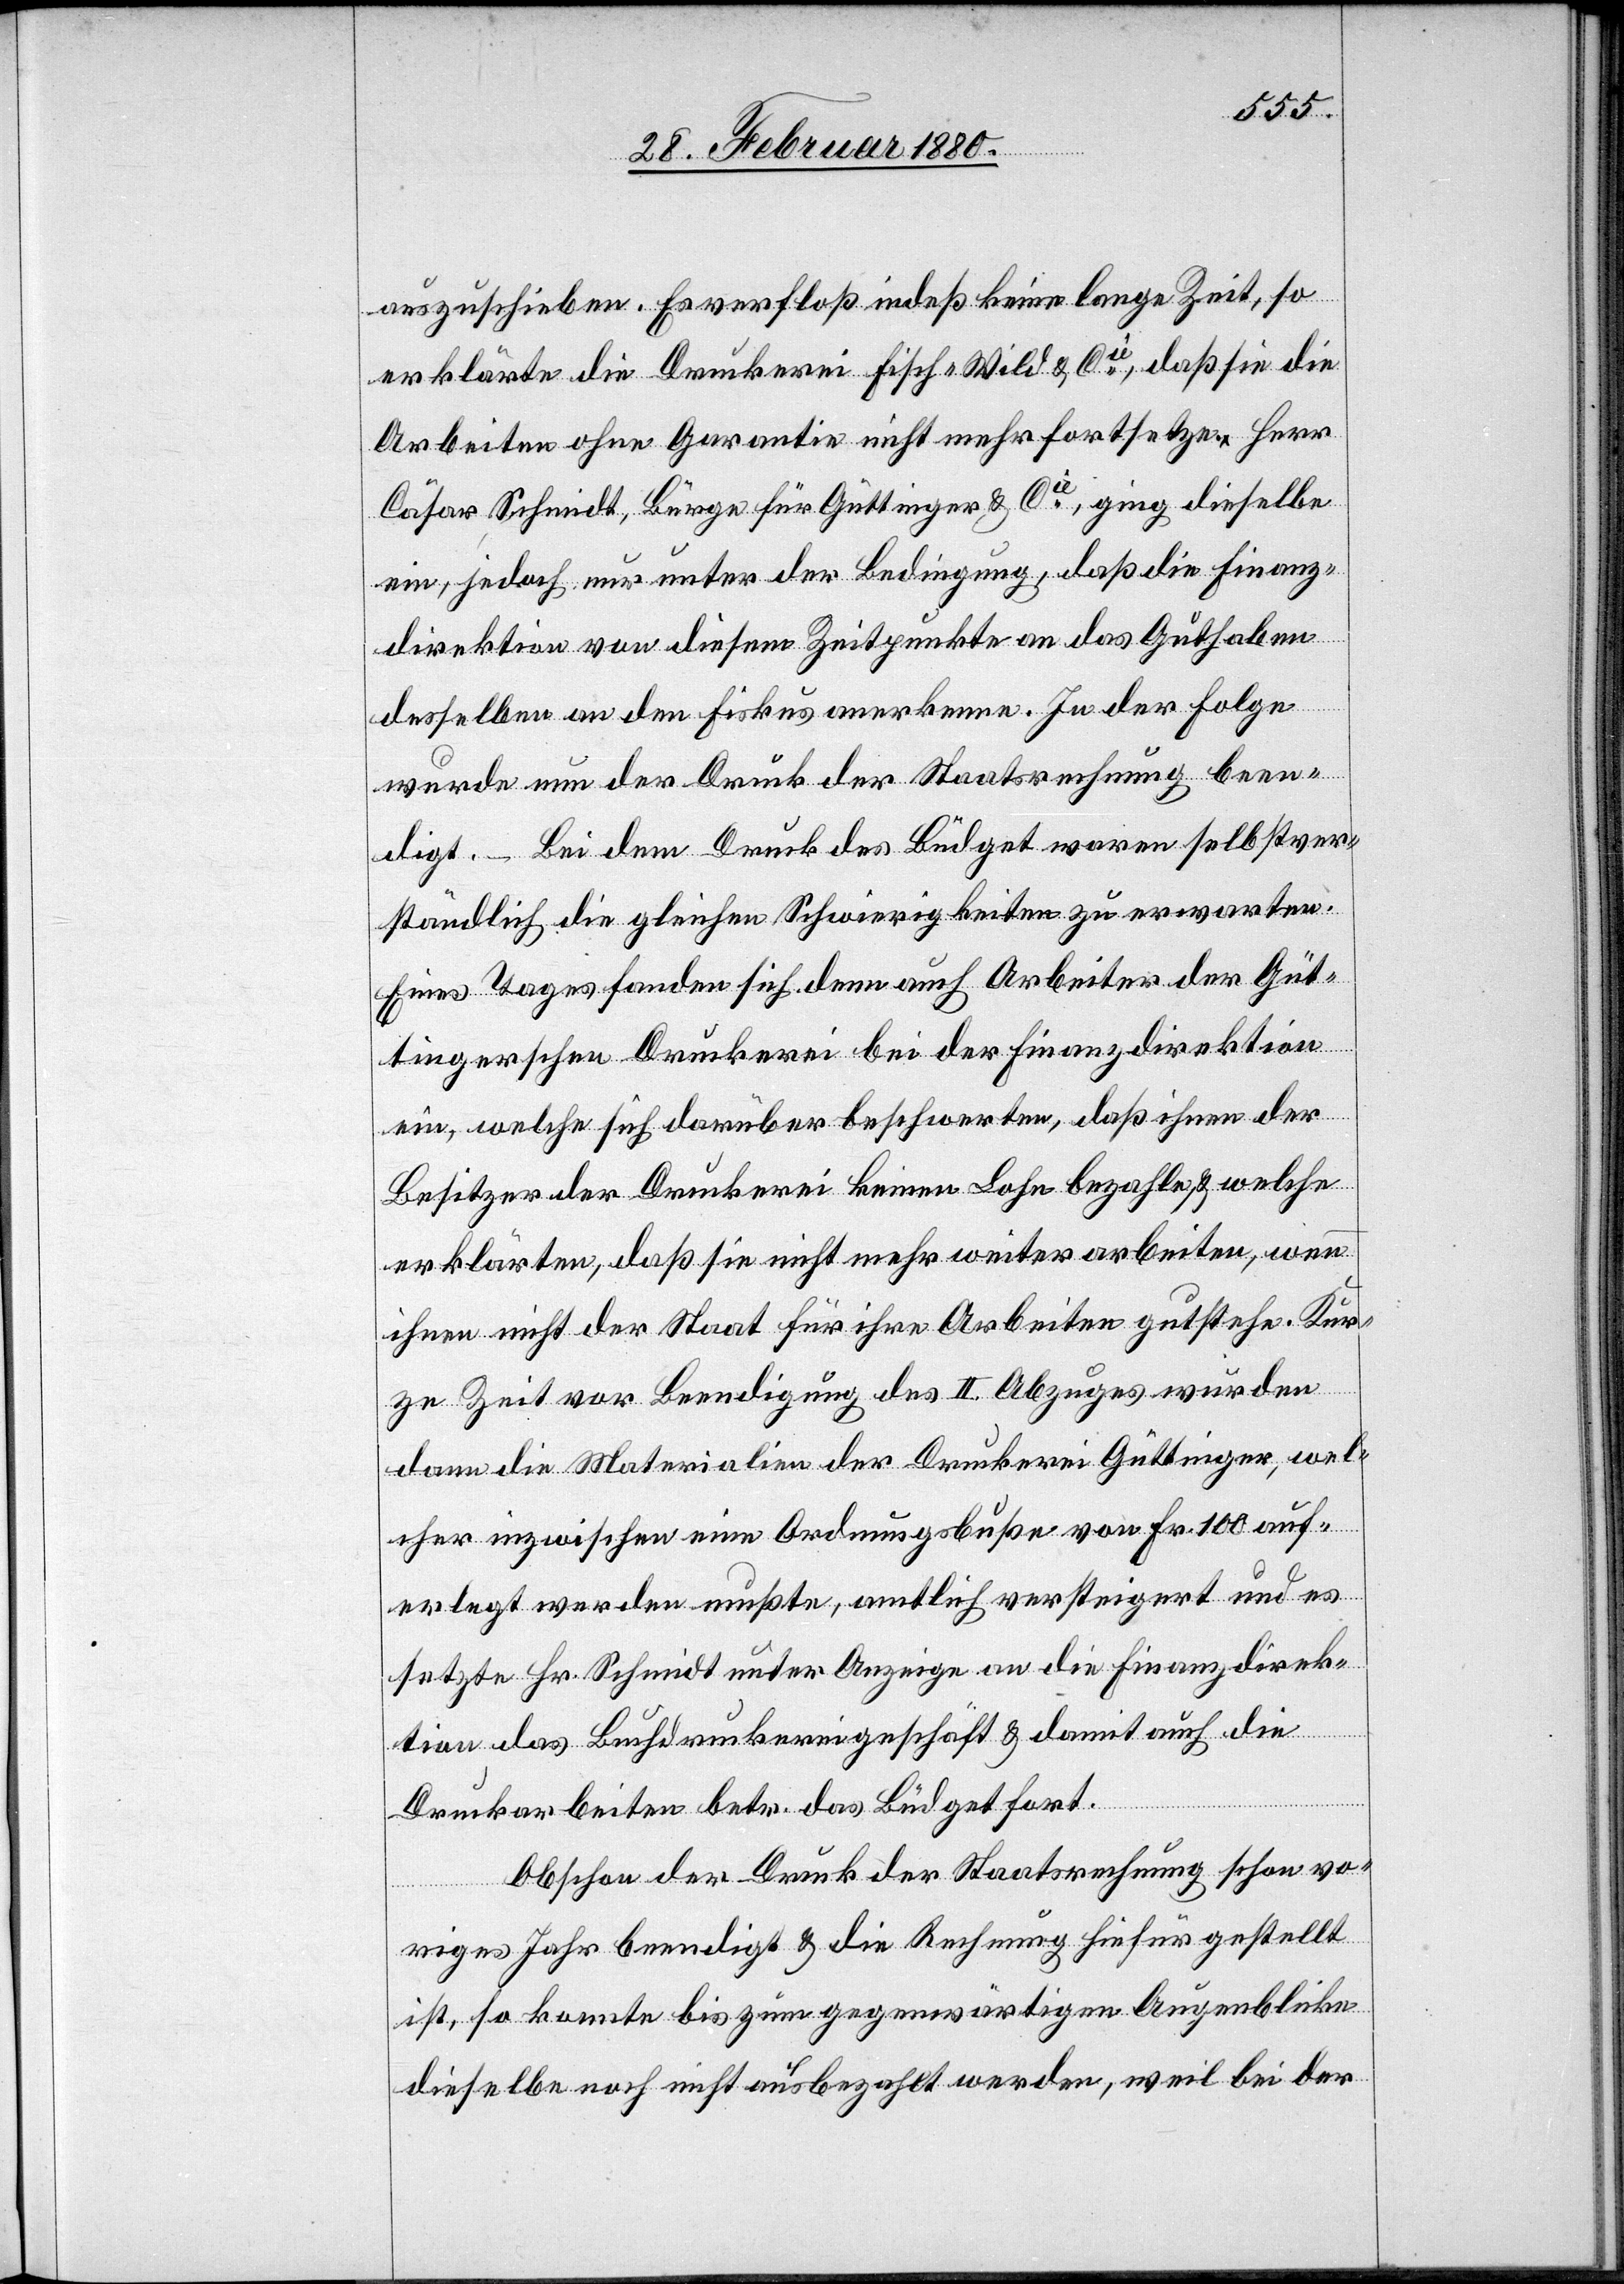
auszuschieben. Es verfloß indeß keine lange Zeit, so
erklärte die Druckerei Fisch-Wild & Cie, daß sie die
Arbeiten ohne Garantie nicht mehr fortsetze. Herr
Cäsar Schmidt, Bürge für Güttinger & Cie, ging dieselbe
ein, jedoch unter der Bedingung, daß die Finanz¬
direktion von diesem Zeitpunkte an das Guthaben
desselben an den Fiskus anerkenne. In der Folge
wurde nun der Druck der Staatsrechnung been¬
digt. – Bei dem Druck des Büdget waren selbstver¬
ständlich die gleichen Schwierigkeiten zu erwarten.
Eines Tages fanden sich denn auch Arbeiter der Güt¬
tingerschen Druckerei bei der Finanzdirektion
ein, welche sich darüber beschwerten, daß ihnen der
Besitzer der Druckerei keinen Lohn bezahle & welche
erklärten, daß sie nicht mehr weiter arbeiten, wenn
ihnen nicht der Staat für ihre Arbeiten gutstehe. Kur¬
ze Zeit vor Beendigung des II. Abzuges wurden
dann die Materialien der Druckerei Güttinger, wel¬
cher inzwischen eine Ordnungsbuße von Fr. 100 auf¬
erlegt werden mußte, amtlich versteigert und es
setzt Hr. Schmidt unter Anzeige an die Finanzdirek¬
tion das Buchdruckereigeschäft & damit die
Druckarbeiten betr. das Büdget fort.
Obschon der Druck der Staatsrechnung schon vo¬
riges Jahr beendigt & die Rechnung hiefür gestellt
ist, so konnte bis zum gegenwärtigen Augenblicke
dieselbe noch nicht ausbezahlt werden, weil bei der